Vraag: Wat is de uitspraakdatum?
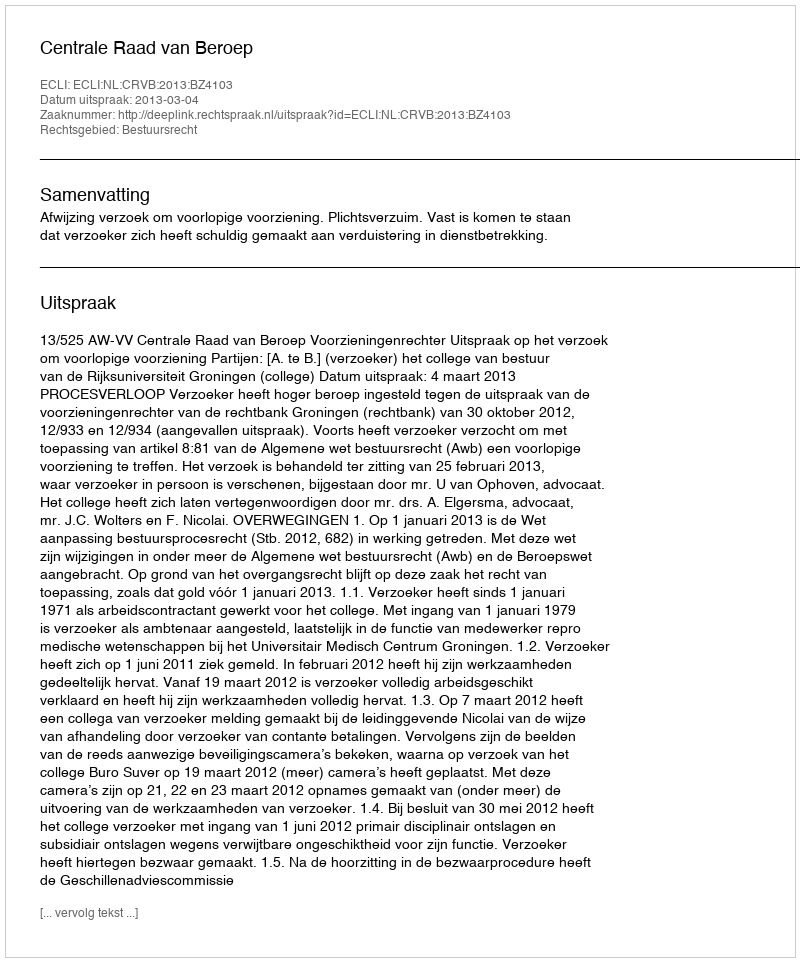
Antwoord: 2013-03-04